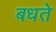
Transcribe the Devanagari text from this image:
बधते